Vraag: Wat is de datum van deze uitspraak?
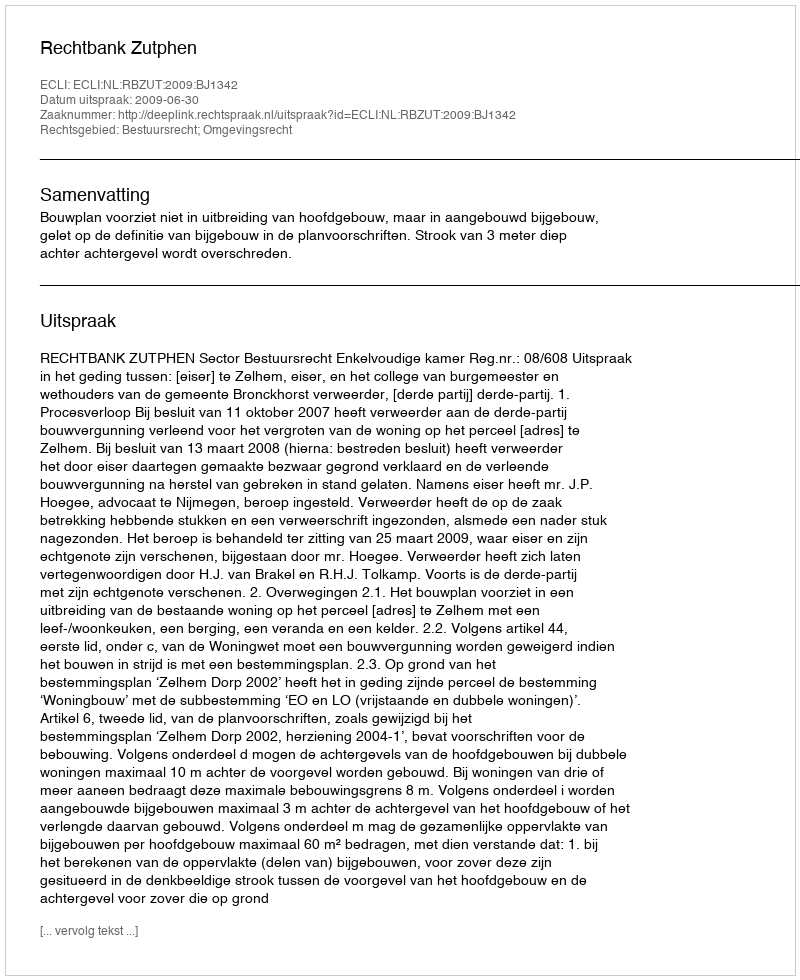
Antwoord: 2009-06-30